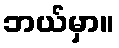
ဘယ်မှာ။